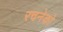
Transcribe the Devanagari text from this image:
रचनेको